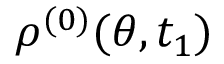
\rho ^ { ( 0 ) } ( \theta , t _ { 1 } )